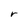
Character: r